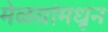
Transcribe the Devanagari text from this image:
मेळय़ांमधून